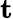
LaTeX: \displaystyle\mathbf{t}